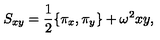
S _ { x y } = \frac { 1 } { 2 } \{ \pi _ { x } , \pi _ { y } \} + \omega ^ { 2 } x y ,